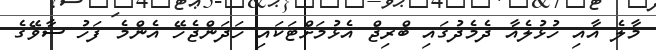
މާލެ އާއި ހުޅުލެއާ ދެމެދުގައި ބްރިޖް އެޅުމަށްޓަކައި ހަދަންޖެހޭ އެންމެ ފަހު ސާވޭގެ